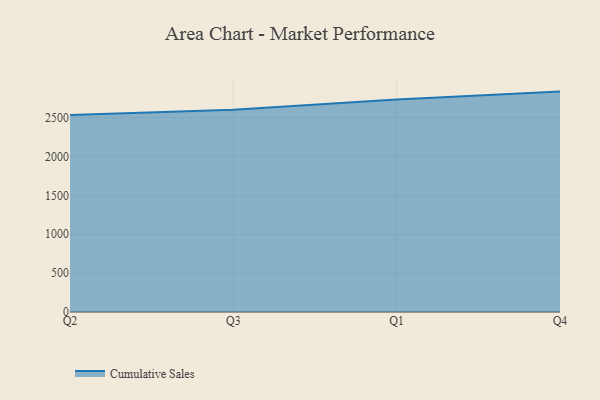
{"axis": {"x": "Quarter", "y": "LTV (USD)"}, "legend": ["Cumulative Sales"], "data": [{"x": "Q2", "y": 2533.4, "type": "Cumulative Sales"}, {"x": "Q3", "y": 2600.8, "type": "Cumulative Sales"}, {"x": "Q1", "y": 2732.8, "type": "Cumulative Sales"}, {"x": "Q4", "y": 2835.3, "type": "Cumulative Sales"}]}